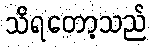
သိရတော့သည်